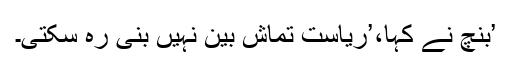
’بنچ نے کہا،’ریاست تماش بین نہیں بنی رہ سکتی۔